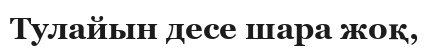
Тулайын десе шара жоқ,